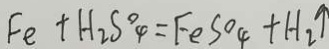
F e + H _ { 2 } S ^ { \circ } 4 = F e S O _ { 4 } + H _ { 2 } \uparrow